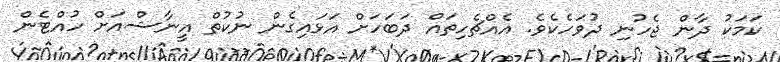
ކަމަކު ދާން ޖެހުނި ދުވަހެކެވެ. އެއްޗެހިތައް ދަބަހަށް އަޅައިގެން ނުކުތް އީނާޝްއަށް ހުއްޓެން